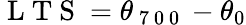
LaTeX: \mathrm{~L~T~S~}=\theta_{\mathrm{~7~0~0~}}-\theta_{0}